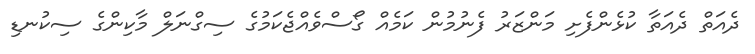
ދެއަތް ދެއަތާ ކުޅެންފެށި މަންޒަރު ފެނުމުން ކަމެއް ގޯސްވެއްޖެކަމުގެ ސިގްނަލް މާކިންގެ ސިކުނޑި